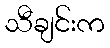
သီချင်းက